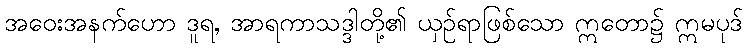
အဝေးအနက်ဟော ဒူရ, အာရကာသဒ္ဒါတို့၏ ယှဉ်ရာဖြစ်သော ဣတော၌ ဣမပုဒ်